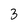
Character: 3